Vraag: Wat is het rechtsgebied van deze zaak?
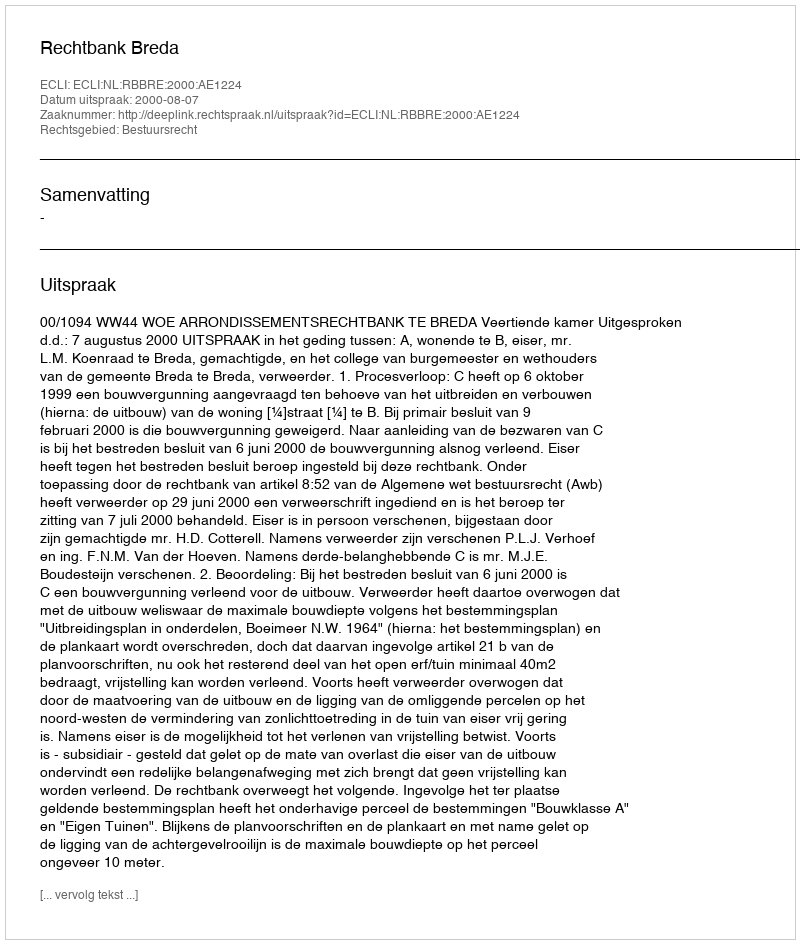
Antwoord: Bestuursrecht